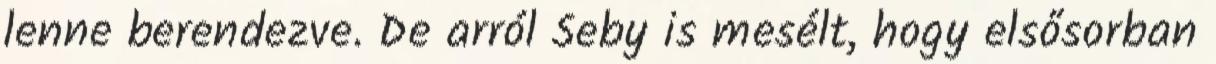
lenne berendezve. De arról Seby is mesélt, hogy elsősorban